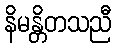
နိမန္တိတသညီ